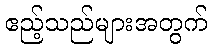
ဧည့်သည်များအတွက်